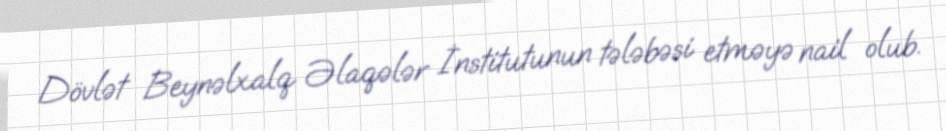
Dövlət Beynəlxalq Əlaqələr İnstitutunun tələbəsi etməyə nail olub.